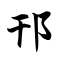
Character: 邗